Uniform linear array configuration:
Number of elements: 12
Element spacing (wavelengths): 0.75
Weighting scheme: exponential
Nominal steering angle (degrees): -30
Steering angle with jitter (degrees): -28.36
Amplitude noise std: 0.05
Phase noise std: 0.05

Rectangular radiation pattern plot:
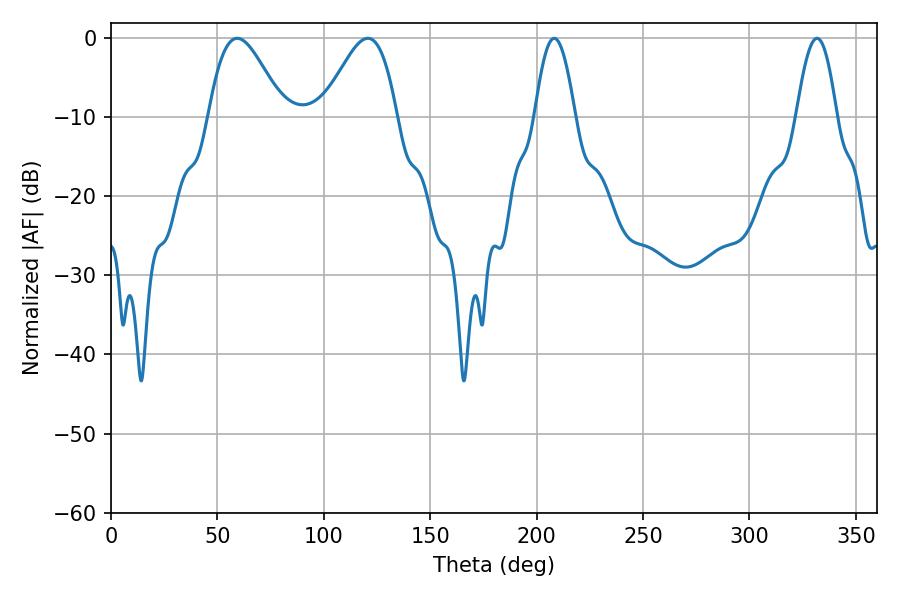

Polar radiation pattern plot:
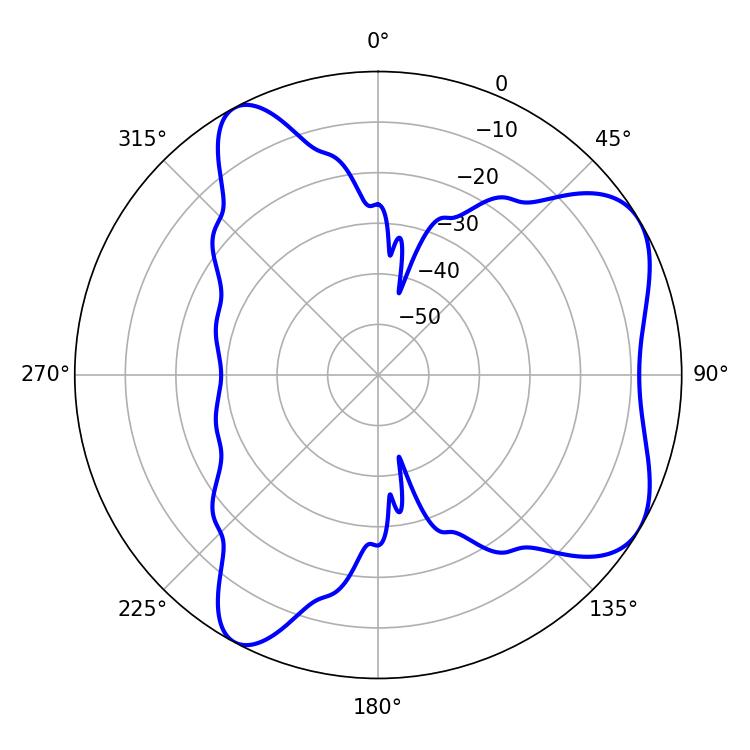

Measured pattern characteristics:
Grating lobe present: TRUE
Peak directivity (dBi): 6.247
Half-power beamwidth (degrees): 10.26
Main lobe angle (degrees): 208.26